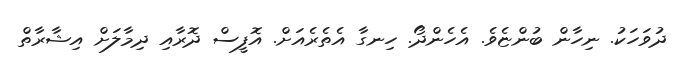
ދުވަހަކު. ނިހާން ބުންޏެވެ. އެހެންދޯ. ހިނގާ އެތެރެއަށް. އޮފީސް ދޮރާއި ދިމާލަށް އިޝާރާތް